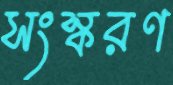
সংস্করণ